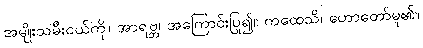
အမျိုးသမီးငယ်ကို။ အာရဗ္ဘ၊ အကြောင်းပြု၍။ ကထေသိ၊ ဟောတော်မူ၏။